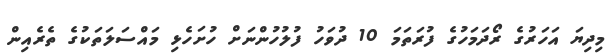
މިދިޔަ އަހަރުގެ ރޯދަމަހުގެ ފުރަތަމަ 10 ދުވަހު ފުލުހުންނަށް ހުށަހެޅި މައްސަލަތަކުގެ ތެރެއިން